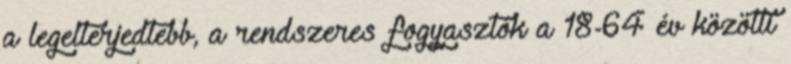
a legelterjedtebb, a rendszeres fogyasztók a 18-64 év közötti